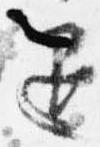
退